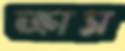
ক্রাস